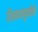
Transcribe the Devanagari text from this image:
शिकवणुकीने